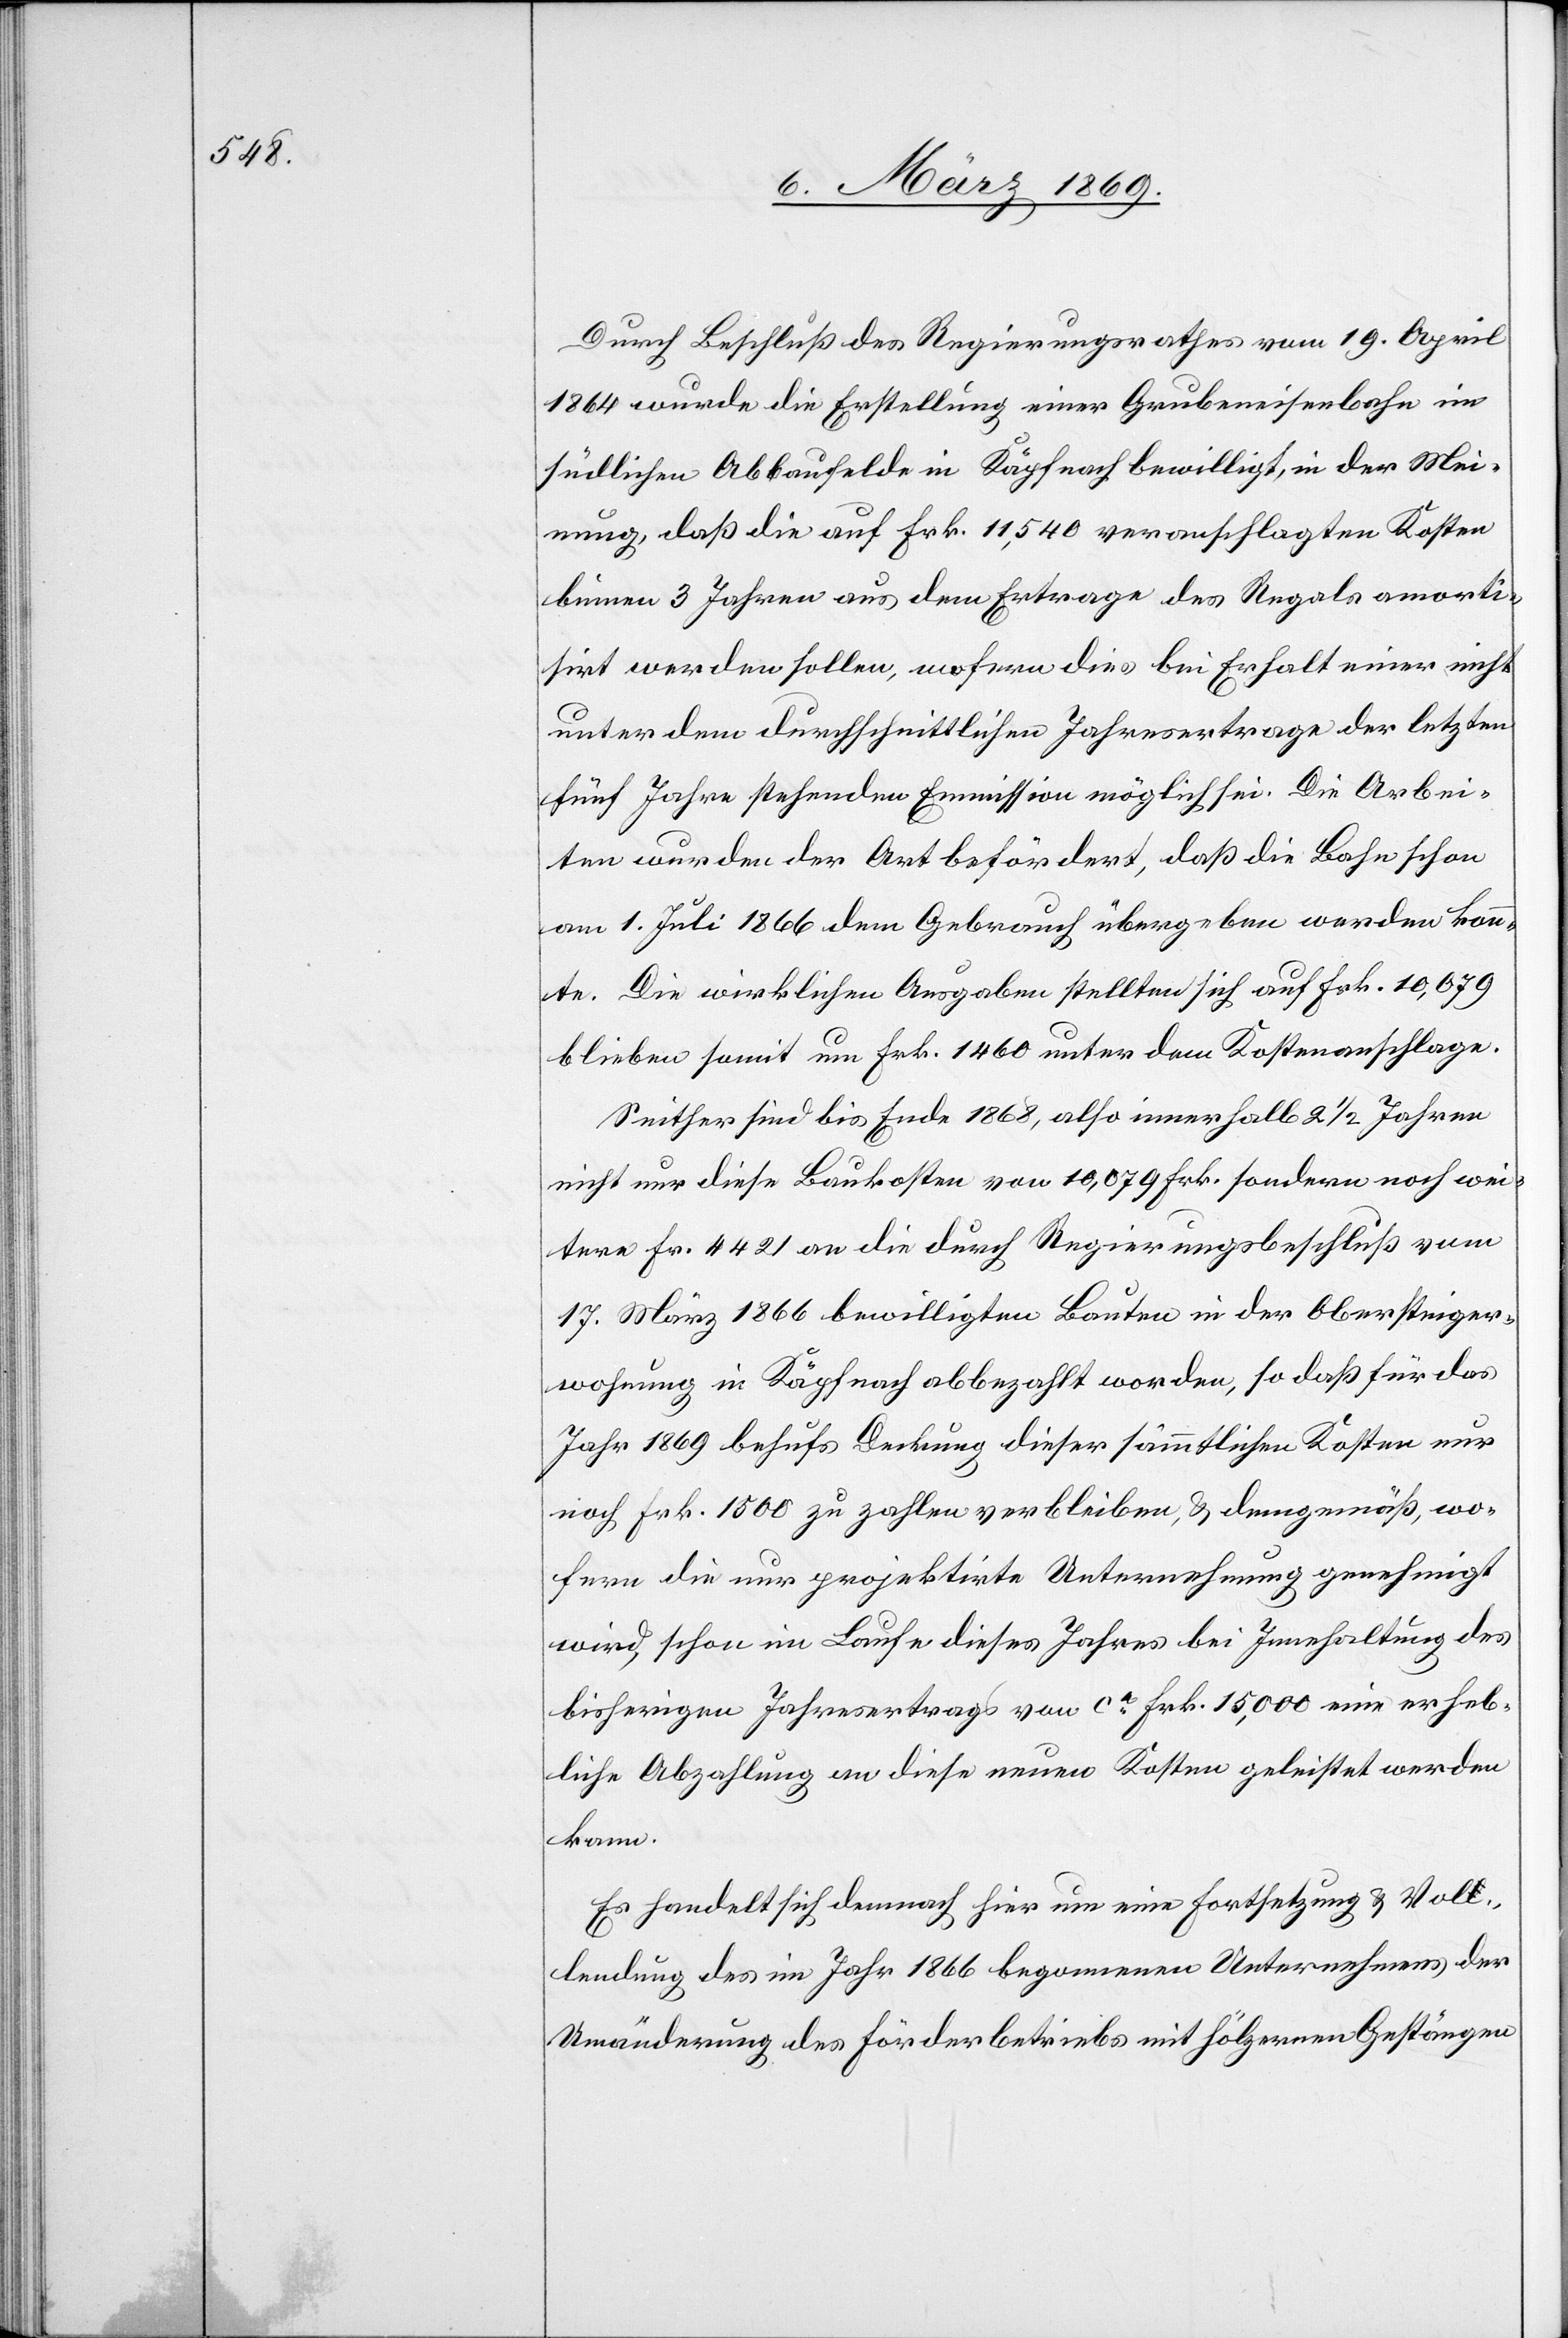
Durch Beschluß des Regierungsrathes vom 19. April
1864 wurde die Erstellung einer Grubeneisenbahn im
südlichen Abbaufelde in Käpfnach bewilligt, in der Mei¬
nung, daß die auf Frk. 11,540 veranschlagten Kosten
binnen 3 Jahren aus dem Ertrage des Regals amorti¬
sirt werden sollen, wofern dies bei Erhalt einer nicht
unter dem durchschnittlichen Jahresertrage der letzten
fünf Jahre stehenden Emmission möglich sei. Die Arbei¬
ten wurden der Art befördert, daß die Bahn schon
am 1. Juli 1866 dem Gebrauch übergeben werden konn¬
te. Die wirklichen Ausgaben stellten sich auf Frk. 10,079
blieben somit um Frk. 1460 unter dem Kosten[vor]anschlage.
Seither sind bis Ende 1868, also innerhalb 2 1/2 Jahren
nicht nur diese Baukosten von 10,079 Frk. sondern noch wei¬
tere Fr. 4421 an die durch Regierungsbeschlusse vom
17. März 1866 bewilligten Bauten in der Obersteiger¬
wohnung in Käpfnach abbezahlt worden, so daß für das
Jahr 1869 behufs Deckung dieser sämmtlichen Kosten nur
noch Frk. 1500 zu zahlen verbleiben, & demgemäß, wo¬
fern die nur projektirte Unternehmung genehmigt
wird, schon im Laufe dieses Jahres die Innehaltung des
bisherigen Jahresertrags von ca Frk. 15,000 eine erheb¬
liche Abzahlung an diese neuen Kosten geleistet werden
kann.
Es handelt sich demnach hier um eine Fortsetzung & Vol¬
lendung des im Jahr 1866 begonnenen Unternehmens der
Umänderung des Förderbetriebs mit hölzernen Gestängen